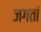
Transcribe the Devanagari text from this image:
जगतां